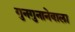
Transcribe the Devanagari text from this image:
गुनगुनानेवाला